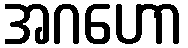
အဂဟော